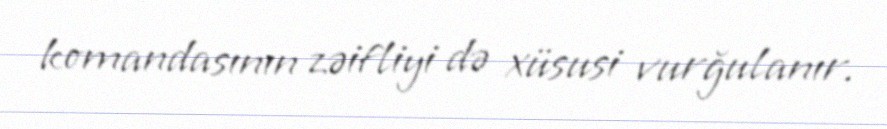
komandasının zəifliyi də xüsusi vurğulanır.